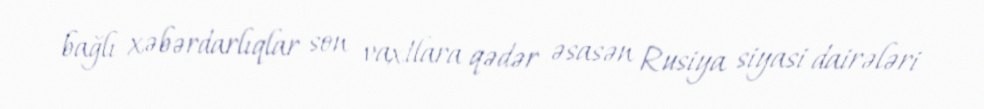
bağlı xəbərdarlıqlar son vaxtlara qədər əsasən Rusiya siyasi dairələri